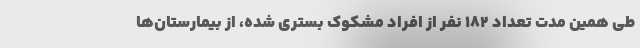
طی همین مدت تعداد ۱۸۲ نفر از افراد مشکوک بستری شده، از بیمارستان‌ها